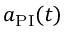
a _ { \mathrm { P I } } ( t )